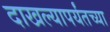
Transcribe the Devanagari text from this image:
दाखल्यापर्यंतच्या